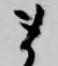
ま